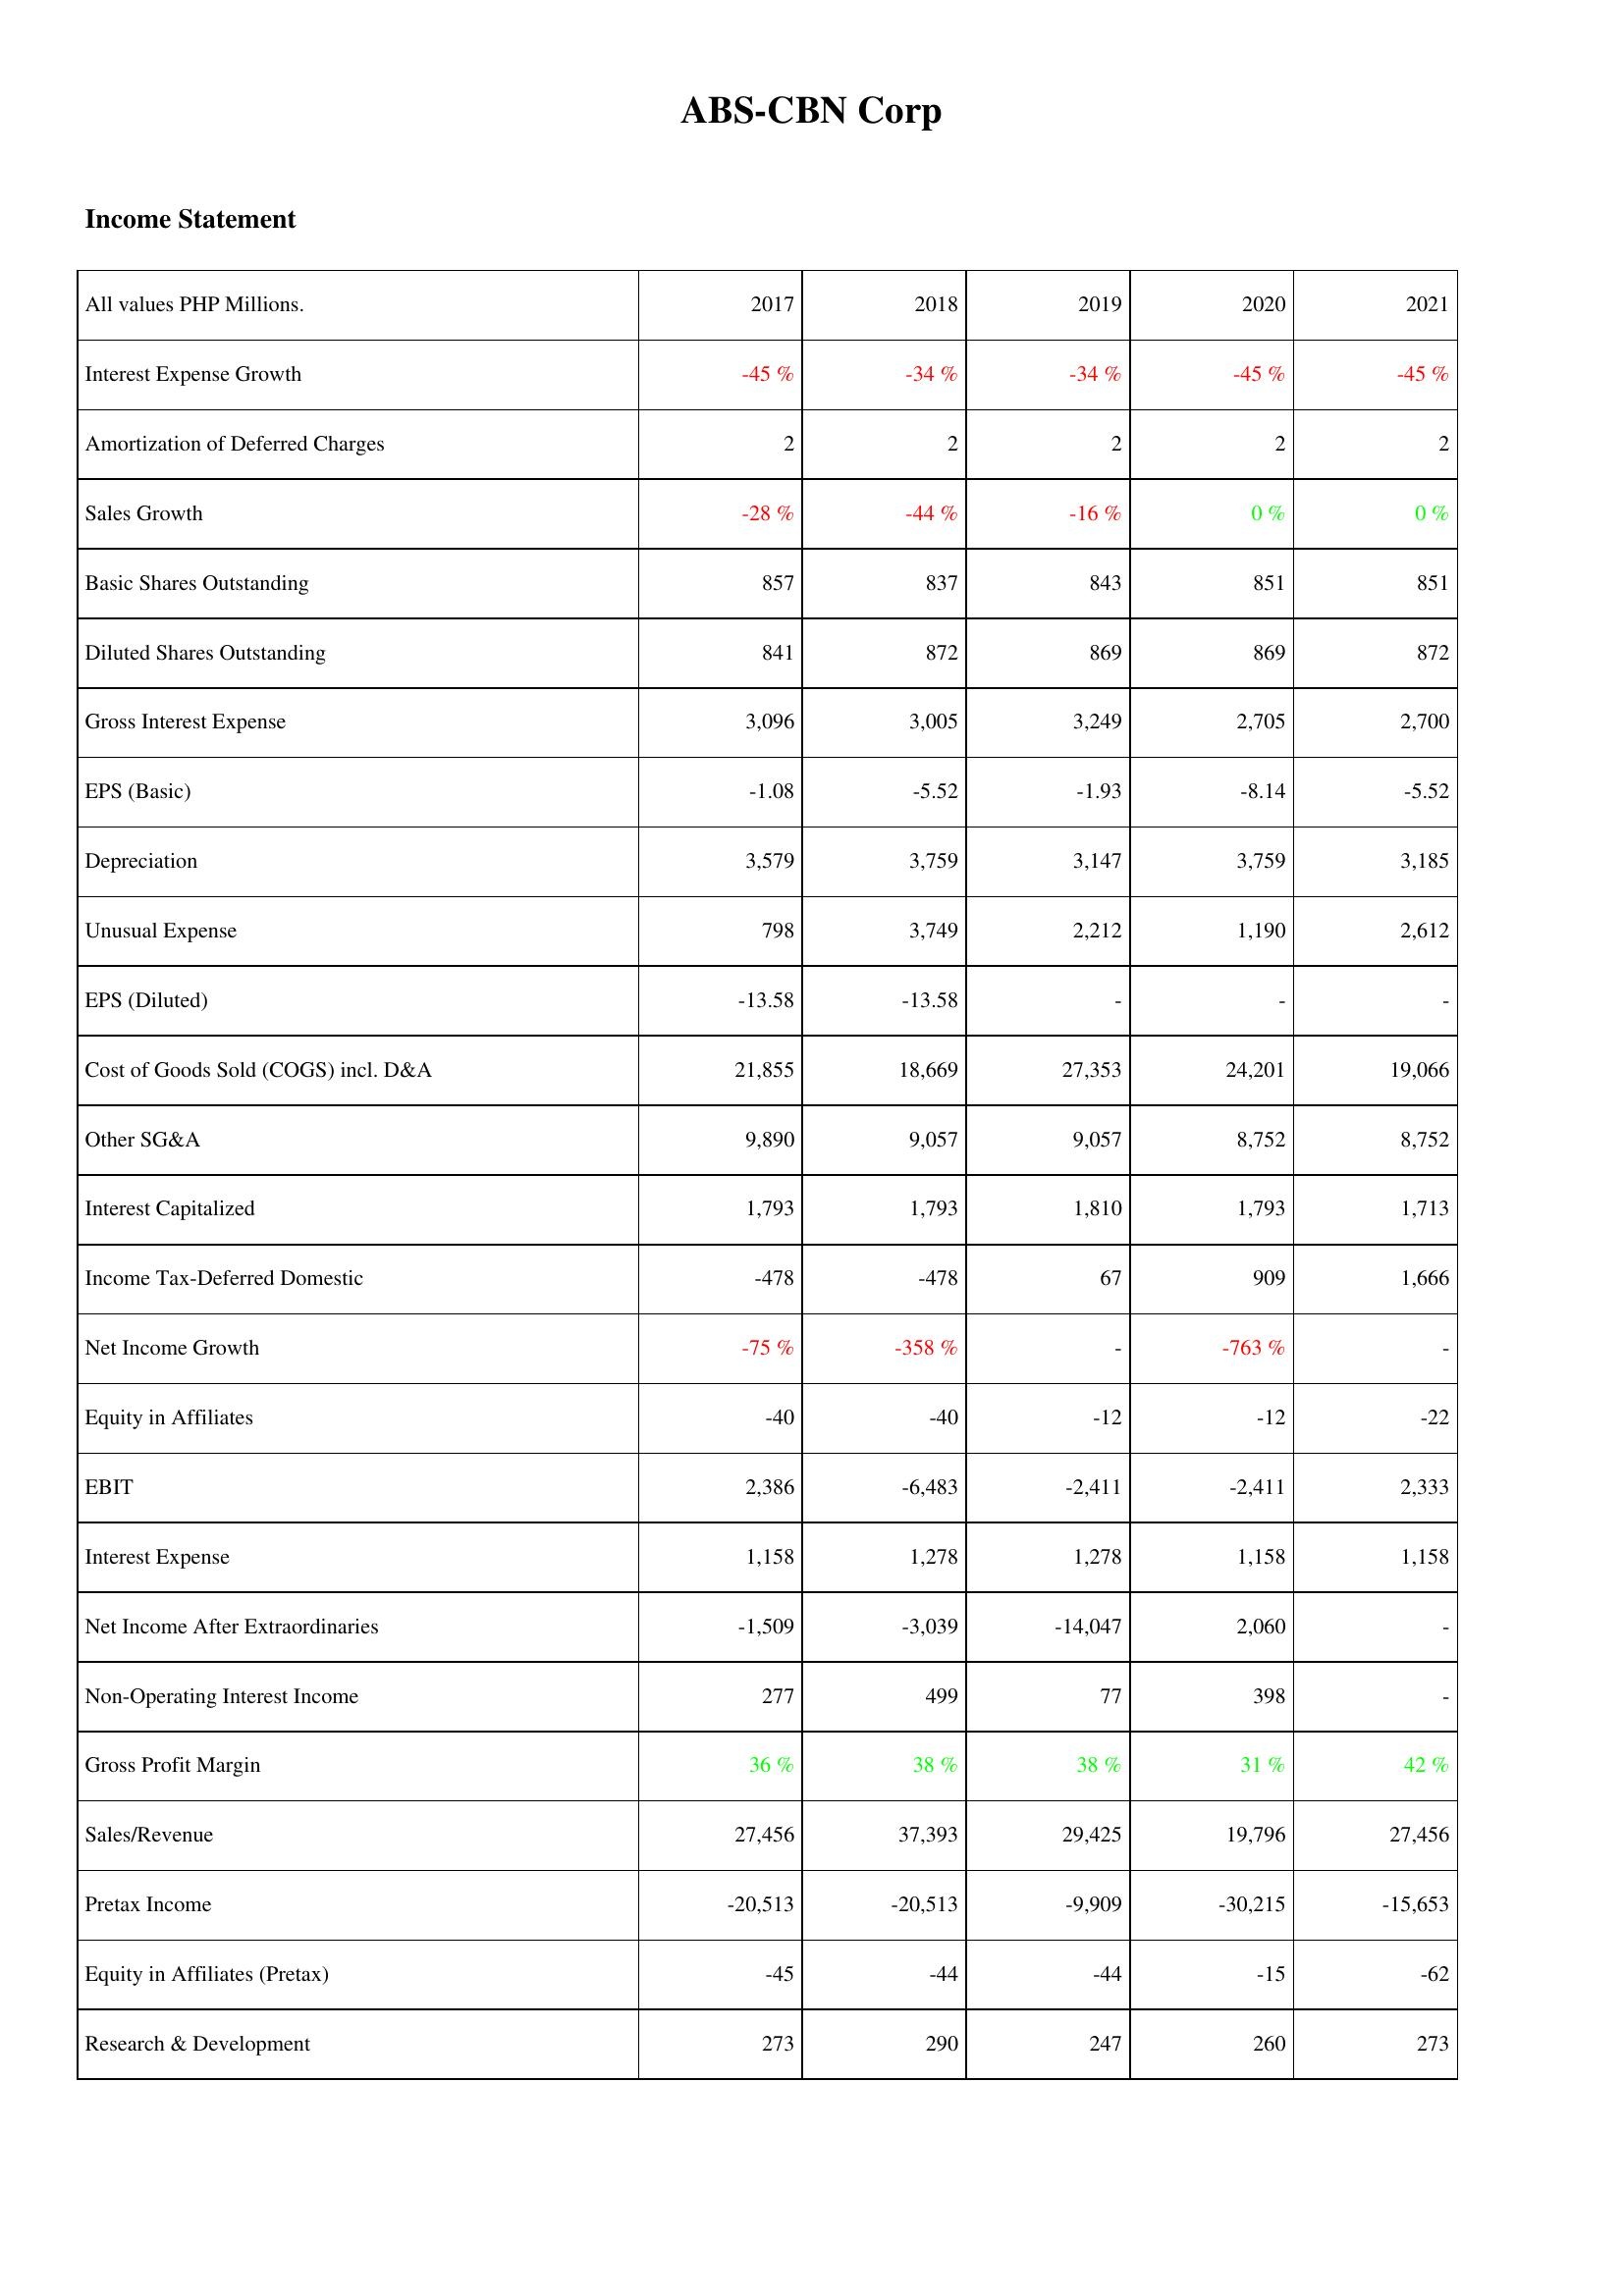
2017: Income Statement: Interest Expense Growth: -45 %
Amortization of Deferred Charges: 2
Sales Growth: -28 %
Basic Shares Outstanding: 857
Diluted Shares Outstanding: 841
Gross Interest Expense: 3,096
EPS (Basic): -1.08
Depreciation: 3,579
Unusual Expense: 798
EPS (Diluted): -13.58
Cost of Goods Sold (COGS) incl. D&A: 21,855
Other SG&A: 9,890
Interest Capitalized: 1,793
Income Tax-Deferred Domestic: -478
Net Income Growth: -75 %
Equity in Affiliates: -40
EBIT: 2,386
Interest Expense: 1,158
Net Income After Extraordinaries: -1,509
Non-Operating Interest Income: 277
Gross Profit Margin: 36 %
Sales/Revenue: 27,456
Pretax Income: -20,513
Equity in Affiliates (Pretax): -45
Research & Development: 273
2018: Income Statement: Interest Expense Growth: -34 %
Amortization of Deferred Charges: 2
Sales Growth: -44 %
Basic Shares Outstanding: 837
Diluted Shares Outstanding: 872
Gross Interest Expense: 3,005
EPS (Basic): -5.52
Depreciation: 3,759
Unusual Expense: 3,749
EPS (Diluted): -13.58
Cost of Goods Sold (COGS) incl. D&A: 18,669
Other SG&A: 9,057
Interest Capitalized: 1,793
Income Tax-Deferred Domestic: -478
Net Income Growth: -358 %
Equity in Affiliates: -40
EBIT: -6,483
Interest Expense: 1,278
Net Income After Extraordinaries: -3,039
Non-Operating Interest Income: 499
Gross Profit Margin: 38 %
Sales/Revenue: 37,393
Pretax Income: -20,513
Equity in Affiliates (Pretax): -44
Research & Development: 290
2019: Income Statement: Interest Expense Growth: -34 %
Amortization of Deferred Charges: 2
Sales Growth: -16 %
Basic Shares Outstanding: 843
Diluted Shares Outstanding: 869
Gross Interest Expense: 3,249
EPS (Basic): -1.93
Depreciation: 3,147
Unusual Expense: 2,212
EPS (Diluted): -
Cost of Goods Sold (COGS) incl. D&A: 27,353
Other SG&A: 9,057
Interest Capitalized: 1,810
Income Tax-Deferred Domestic: 67
Net Income Growth: -
Equity in Affiliates: -12
EBIT: -2,411
Interest Expense: 1,278
Net Income After Extraordinaries: -14,047
Non-Operating Interest Income: 77
Gross Profit Margin: 38 %
Sales/Revenue: 29,425
Pretax Income: -9,909
Equity in Affiliates (Pretax): -44
Research & Development: 247
2020: Income Statement: Interest Expense Growth: -45 %
Amortization of Deferred Charges: 2
Sales Growth: 0 %
Basic Shares Outstanding: 851
Diluted Shares Outstanding: 869
Gross Interest Expense: 2,705
EPS (Basic): -8.14
Depreciation: 3,759
Unusual Expense: 1,190
EPS (Diluted): -
Cost of Goods Sold (COGS) incl. D&A: 24,201
Other SG&A: 8,752
Interest Capitalized: 1,793
Income Tax-Deferred Domestic: 909
Net Income Growth: -763 %
Equity in Affiliates: -12
EBIT: -2,411
Interest Expense: 1,158
Net Income After Extraordinaries: 2,060
Non-Operating Interest Income: 398
Gross Profit Margin: 31 %
Sales/Revenue: 19,796
Pretax Income: -30,215
Equity in Affiliates (Pretax): -15
Research & Development: 260
2021: Income Statement: Interest Expense Growth: -45 %
Amortization of Deferred Charges: 2
Sales Growth: 0 %
Basic Shares Outstanding: 851
Diluted Shares Outstanding: 872
Gross Interest Expense: 2,700
EPS (Basic): -5.52
Depreciation: 3,185
Unusual Expense: 2,612
EPS (Diluted): -
Cost of Goods Sold (COGS) incl. D&A: 19,066
Other SG&A: 8,752
Interest Capitalized: 1,713
Income Tax-Deferred Domestic: 1,666
Net Income Growth: -
Equity in Affiliates: -22
EBIT: 2,333
Interest Expense: 1,158
Net Income After Extraordinaries: -
Non-Operating Interest Income: -
Gross Profit Margin: 42 %
Sales/Revenue: 27,456
Pretax Income: -15,653
Equity in Affiliates (Pretax): -62
Research & Development: 273